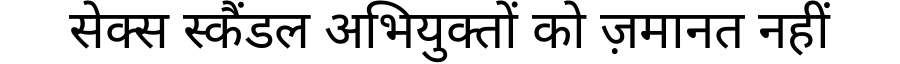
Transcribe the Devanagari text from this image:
सेक्स स्कैंडल अभियुक्तों को ज़मानत नहीं